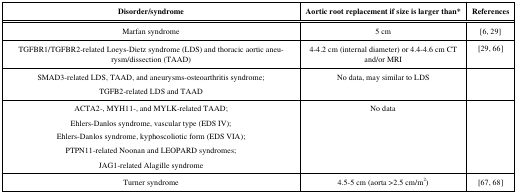
<table><thead><tr><td><b>Disorder/syndrome </b></td><td><b>Aortic root replacement if size is larger than* </b></td><td><b>References </b></td></tr></thead><tbody><tr><td>Marfan syndrome </td><td>5 cm</td><td>[6, 29] </td></tr><tr><td>TGFBR1/TGFBR2-related Loeys-Dietz syndrome (LDS) and thoracic aortic aneurysm/dissection (TAAD) </td><td>4-4.2 cm (internal diameter) or 4.4-4.6 cm CT and/or MRI</td><td>[29, 66] </td></tr><tr><td>SMAD3-related LDS, TAAD, and aneurysms-osteoarthritis syndrome;TGFB2-related LDS and TAAD </td><td>No data, may similar to LDS</td><td> </td></tr><tr><td>ACTA2-, MYH11-, and MYLK-related TAAD; Ehlers-Danlos syndrome, vascular type (EDS IV);Ehlers-Danlos syndrome, kyphoscoliotic form (EDS VIA);PTPN11-related Noonan and LEOPARD syndromes;JAG1-related Alagille syndrome </td><td>No data</td><td> </td></tr><tr><td>Turner syndrome </td><td>4.5-5 cm (aorta &gt;2.5 cm/m2)</td><td>[67, 68] </td></tr></tbody></table>